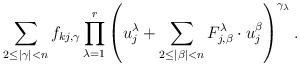
LaTeX: \begin{align*}\sum_{2\leq |\gamma|<n}f_{kj, \gamma}\prod_{\lambda=1}^r\left(u_j^\lambda+\sum_{2\leq |\beta|<n}F_{j, \beta}^\lambda\cdot u_j^\beta\right)^{\gamma_\lambda}. \end{align*}